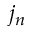
j _ { n }